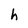
Character: h